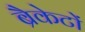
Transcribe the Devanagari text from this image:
ब्रैकेटों